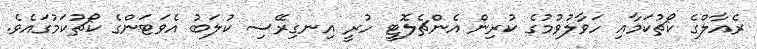
ރެއާލްގެ ކޯޗުކަމާއި ހަވާލުވުމުގެ ކުރިން އެންޗެލޮޓީ ހުރީ އިނގިރޭސި ކުލަބު އެވަޓަންގެ ކޯޗުކަމުގައެވެ.